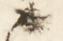
候